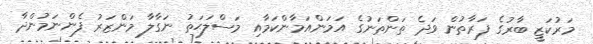
މަރުކަޒީ ބާރުގެ ފަރާތުން ވަދެ ތަންތަނުގެ އަމަންއަމާންކަމާއި މަސްލަޙަތު ނަގާލާ މަންޒަރު ފެންނަމުންދާ